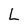
Character: L